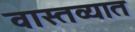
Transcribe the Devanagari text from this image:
वास्‍तव्‍यात